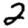
Digit: 2